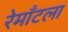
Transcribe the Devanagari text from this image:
रेमाँटला